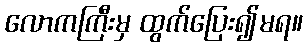
လောကကြီးမှ ထွက်ပြေး၍မရ။